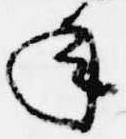
年